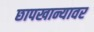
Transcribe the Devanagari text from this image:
छापखान्यावर